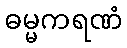
ဓမ္မကရဏံ